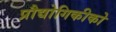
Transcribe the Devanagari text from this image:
प्रौद्योगिकीको